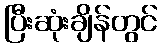
ပြီးဆုံးချိန်တွင်